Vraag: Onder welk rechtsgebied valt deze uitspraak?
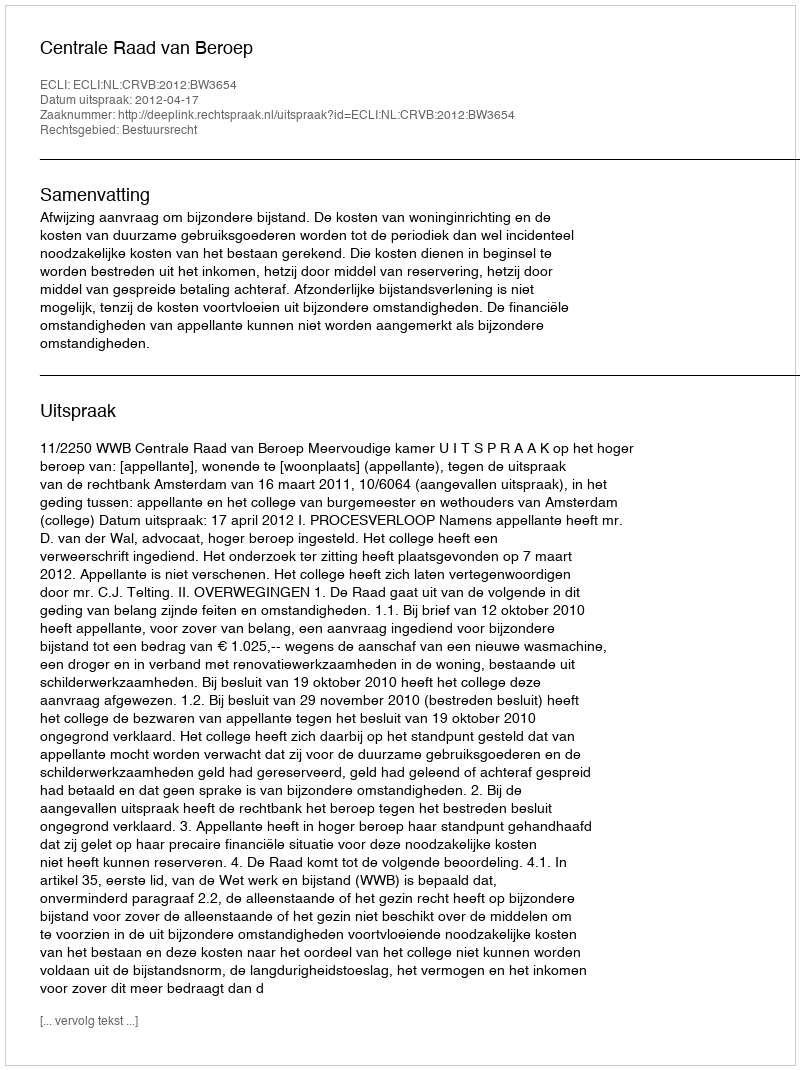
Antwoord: Bestuursrecht